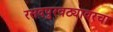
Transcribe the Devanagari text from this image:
रसदपुरवठ्यावरचा